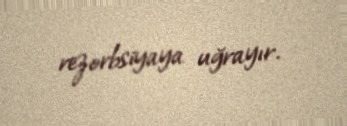
rezorbsiyaya uğrayır.